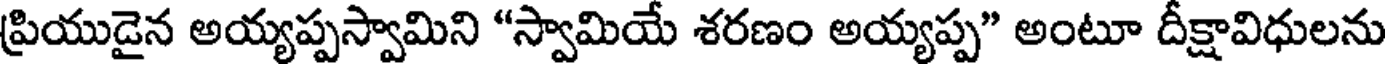
ప్రియుడైన అయ్యప్పస్వామిని "స్వామియే శరణం అయ్యప్ప" అంటూ దీక్షావిధులను